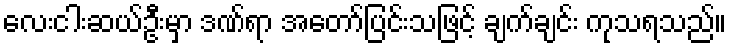
လေးငါးဆယ်ဦးမှာ ဒဏ်ရာ အတော်ပြင်းသဖြင့် ချက်ချင်း ကုသရသည်။